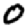
Digit: 0